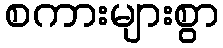
စကားများစွာ